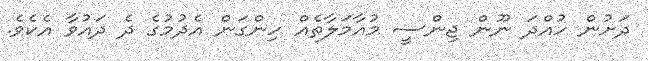
ދަށުން ހުއްދަ ނޫން ޖިންސީ މުއާމަލާތެއް ހިންގަން އެދުމުގެ ދެ ދައުވާ އެކެވެ.